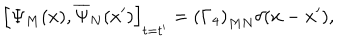
LaTeX: \left[ \Psi _ { M } ( x ) , \overline { { { \Psi } } } _ { N } ( x ^ { \prime } ) \right] _ { t = t ^ { \prime } } = \left( \Gamma _ { 4 } \right) _ { M N } \delta ( \mathbf { x } - \mathbf { x } ^ { \prime } ) ,